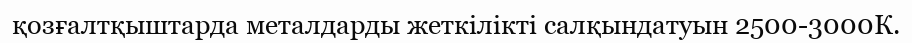
қозғалтқыштарда металдарды жеткілікті салқындатуын 2500-3000К.